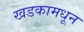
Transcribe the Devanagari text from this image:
खडकामधून